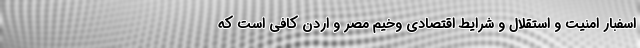
اسفبار امنیت و استقلال و شرایط اقتصادی وخیم مصر و اردن کافی است که